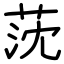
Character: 莐